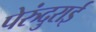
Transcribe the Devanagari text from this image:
पेरुंदुराई